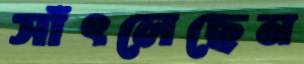
সাঁৎলেছেন